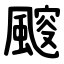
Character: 䬒